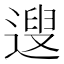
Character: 遚